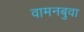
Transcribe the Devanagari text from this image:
वामनबुवा